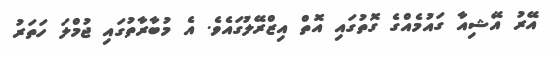
އޭރު އޭޝިއާ ގައުމެއްގެ ގޮތުގައި އޮތް އިޒްރޭލުގައެވެ. އެ މުބާރާތުގައި ޖުމްލަ ހަތަރު